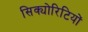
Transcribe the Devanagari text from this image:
सिक्योरिटियों